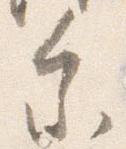
参